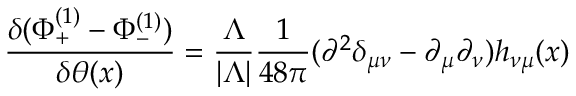
{ \frac { \delta ( \Phi _ { + } ^ { ( 1 ) } - \Phi _ { - } ^ { ( 1 ) } ) } { \delta \theta ( x ) } } = { \frac { \Lambda } { | \Lambda | } } { \frac { 1 } { 4 8 \pi } } ( \partial ^ { 2 } \delta _ { \mu \nu } - \partial _ { \mu } \partial _ { \nu } ) h _ { \nu \mu } ( x )